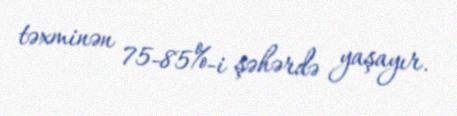
təxminən 75-85%-i şəhərdə yaşayır.